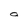
Character: a